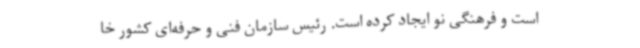
است و فرهنگی نو ایجاد کرده است. رئیس سازمان فنی و حرفه‌ای کشور خا